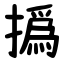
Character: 撝